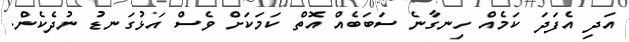
އަދި އެފަދަ ކަމެއް ހިނގާނެ ސަބަބެއް އޮތް ކަމަކަށް ވެސް އަޅުގަނޑު ނުދެކެން.